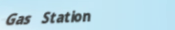
Gas Station